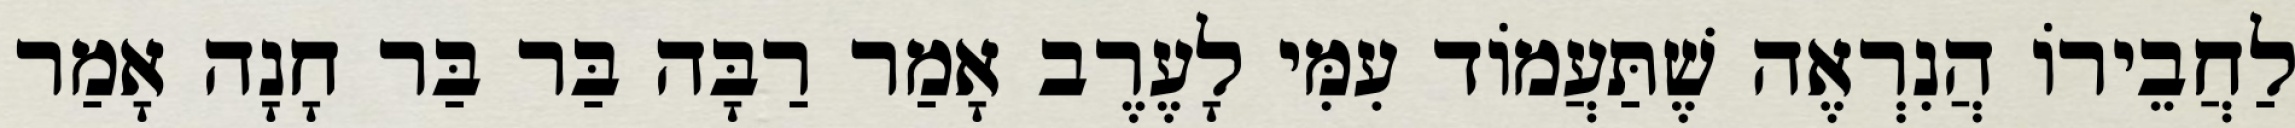
לַחֲבֵירוֹ הֲנִרְאֶה שֶׁתַּעֲמוֹד עִמִּי לָעֶרֶב אָמַר רַבָּה בַּר בַּר חָנָה אָמַר